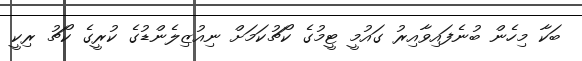
ބަކާ މިހެން ބުނެފައިވާއިރު ގައުމީ ޓީމުގެ ކޯޗުކަމަށް ނިއުޒިލެންޑުގެ ކުރީގެ ކޯޗު ރިކީ